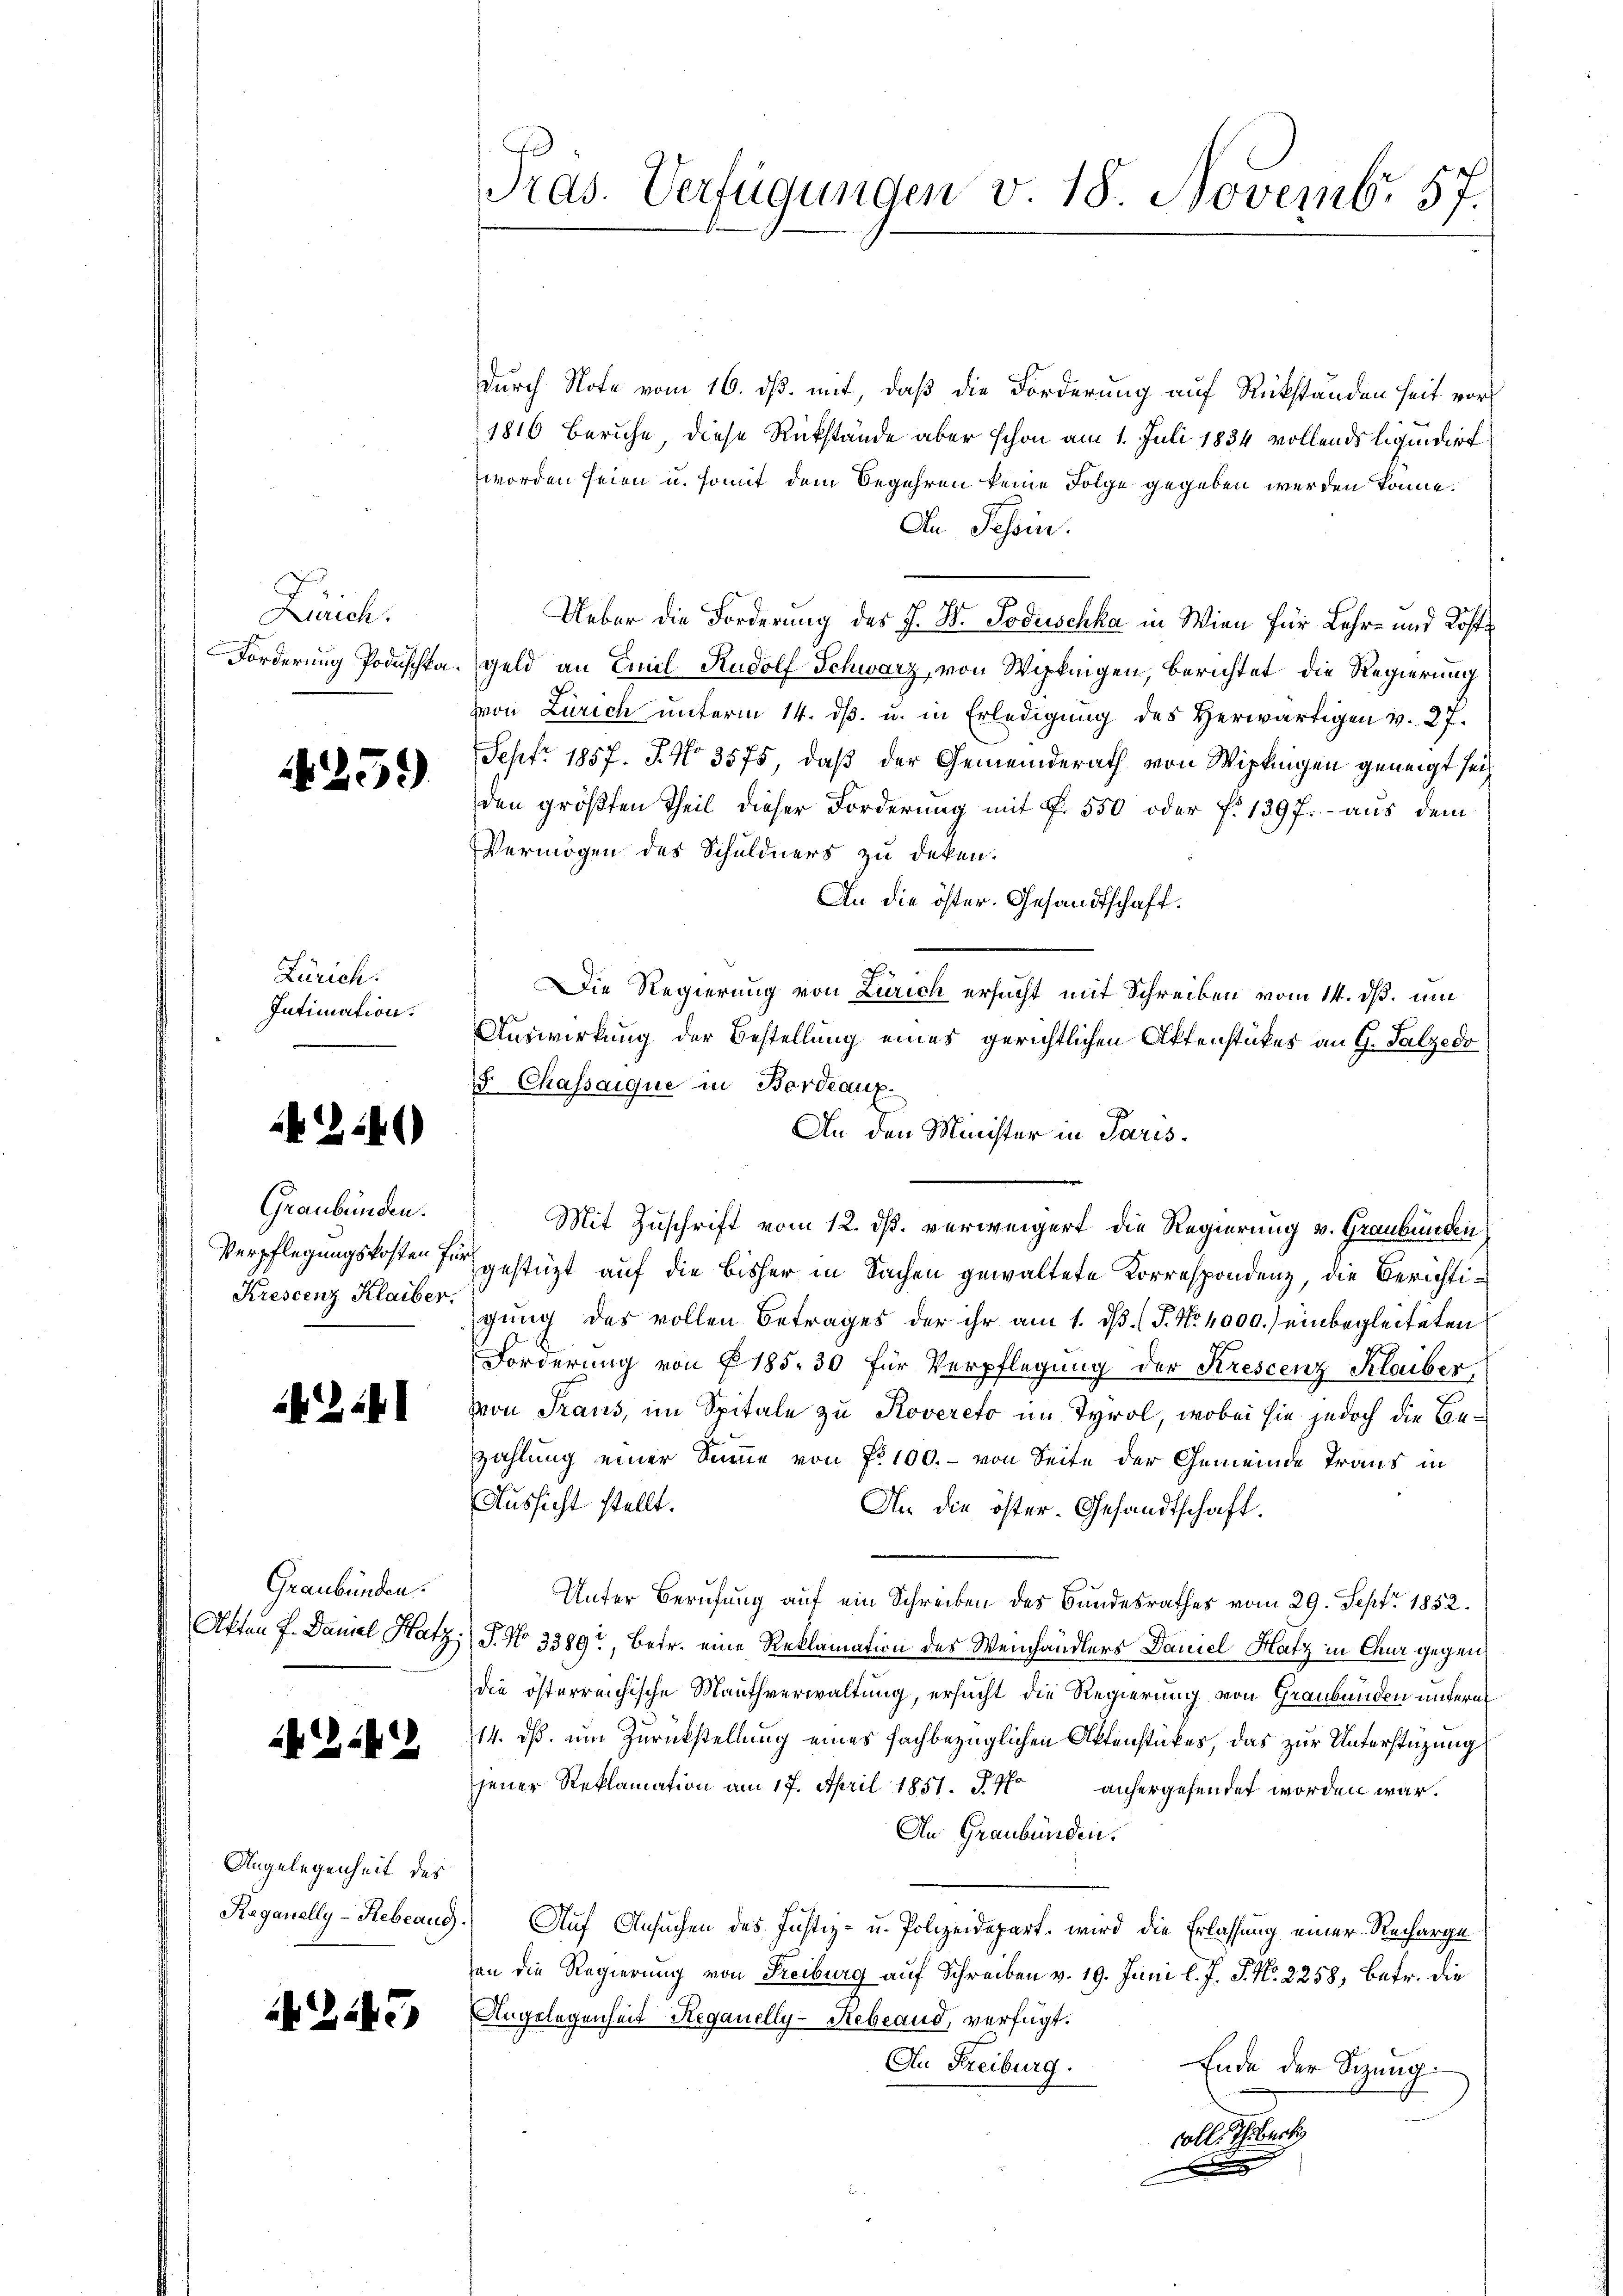
Zürich.
Intimation.

Zürich.

4259)

2:41)

Graubünden.
Krescenz Klaiber.

241

Graubünden.

A Zif. 2

Angelegenheit des

2443

.
Pras. Verfügungen v. 18. Novemb. 57.

durch Note vom 16. dß. mit, daß die Forderung auf Rückständen seit vor
1816 beruhe, diese Rückstände aber schon am 1. Juli 1834 vollends liquidirt
worden seien u. somit dem Begehren keine Folge gegeben werden könne.
An Tessin.
Ueber die Forderung des J. B. Podischka in Wien für Lehr- und Koste
Forderung Poduschka. Geld an Emil Rudolf Schwarz, von Wipkingen, berichtet die Regierung
von Zürich unterm 14. ds. u. in Erledigung des Herwärtigen v. 27.
Sept. 1857. J. No 3575, daß der Gemeinderath von Wipkingen geneigt sei
den größten Theil dieser Forderung mit Fr. 550 oder §. 1397: - aus dem
Vermögen des Schuldners zu deken.
An die öster. Gesandtschaft.
Die Regierung von Zürich ersucht mit Schreiben vom 14. ds. um
Auswirkung der Bestellung eines gerichtlichen Aktenstükes an G. Salzedo
15. Chassaique in Bordeaux.
An den Minister in Paris¬
Mit Zuschrift vom 12. ds. verweigert die Regierung v. Graubünden
Verpflegungskosten für gestüzt auf die bisher in Sachen gewaltete Korrespondenz, die Berichtigung des vollen Betrages der ihr am 1. ds. (T. No 4000.) einbegleiteten
Forderung von § 185. 30 für Verpflegung der Krescenz Klaiber,
von Traus, im Spitale zu Rovereto im Tyrol, wobei sie jedoch die Anzahlung einer Summe von No 100.- von Seite der Gemeinde Traus in
Aussicht stellt.
In die öster- Gesandtschaft.
Unter Berufung auf ein Schreiben des Bundesrathes vom 29. Sept. 1852.
Akten f. Damel Hatz; P. No 3389, betr. eine Reklamation des Weinhändlers Daniel Hatz in Chur gegen
die österreichische Mauthverwaltung, ersucht die Regierung von Graubünden untern
14. ds. um Zurückstellung eines fachbezüglichen Aktenstückes, das zur Unterstüzung
jener Reklamation am 17. April 1851. d. M. anhergehendet worden war.
An Graubünden.
Raganelly-Hebeaug.) Auf Ansuchen des Justiz- u. Polizeidepart, wird die Erlassung einer Recharge
an die Regierung von Freiburg auf Schreiben v. 19. Juni l. J. J. No. 2258, betr. die
Angelegenheit Reganelly-Rebeand, verfügt:
An Freiburg. Ende der Sizung
volle